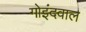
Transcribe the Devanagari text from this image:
गोइंदवाल